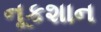
નૂકશાન